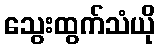
သွေးထွက်သံယို